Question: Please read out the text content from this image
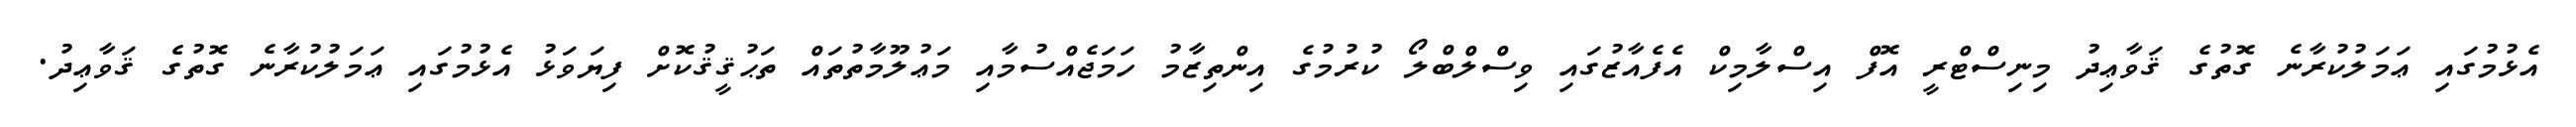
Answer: އެޅުމުގައި ޢަމަލުކުރާނެ ގޮތުގެ ޤަވާޢިދު މިނިސްޓްރީ އޮފް އިސްލާމިކް އެފެއާޒުގައި ވިސްލްބްލޯ ކުރުމުގެ އިންތިޒާމު ހަމަޖެއްސުމާއި މަޢުލޫމާތުތައް ތަޙުޤީޤުކޮށް ފިޔަވަޅު އެޅުމުގައި ޢަމަލުކުރާނެ ގޮތުގެ ޤަވާޢިދު.